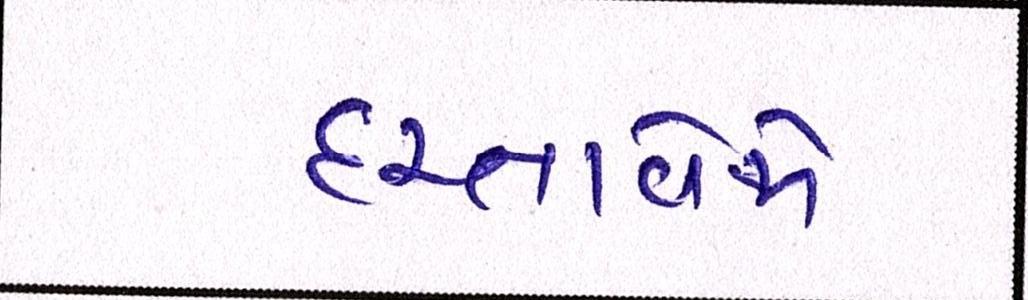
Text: દસ્તાવેજો